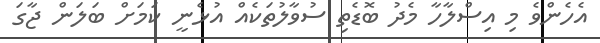
އެހެންވެ މި އިސްލާހާ މެދު ބޮޑެތި ސުވާލުތަކެއް އުޅެނީ ކަމަށް ބަލަން ޖާގަ